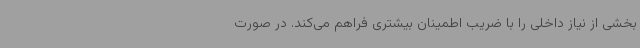
بخشی از نیاز داخلی را با ضریب اطمینان بیشتری فراهم می‌کند. در صورت